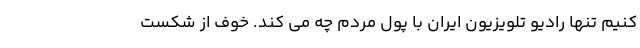
کنیم تنها رادیو تلویزیون ایران با پول مردم چه می کند. خوف از شکست